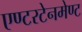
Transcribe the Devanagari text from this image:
एण्टरटेनमेण्ट